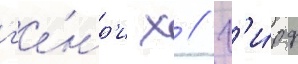
г'е́нр'и х // Г'и́рд